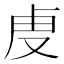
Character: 𮓚